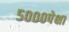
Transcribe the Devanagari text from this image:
५०००पेक्षा